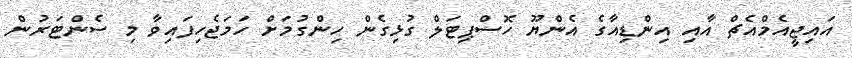
އައިޖީއެމްއެޗް އާއި އިންޑިއާގެ އެންޔޫ ހޮސްޕިޓަލް ގުޅިގެން ހިންގުމަށް ހަމަޖެހިފައިވާ މި ސެންޓަރުން